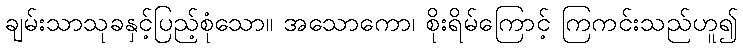
ချမ်းသာသုခနှင့်ပြည့်စုံသော။ အသောကော၊ စိုးရိမ်ကြောင့် ကြကင်းသည်ဟူ၍